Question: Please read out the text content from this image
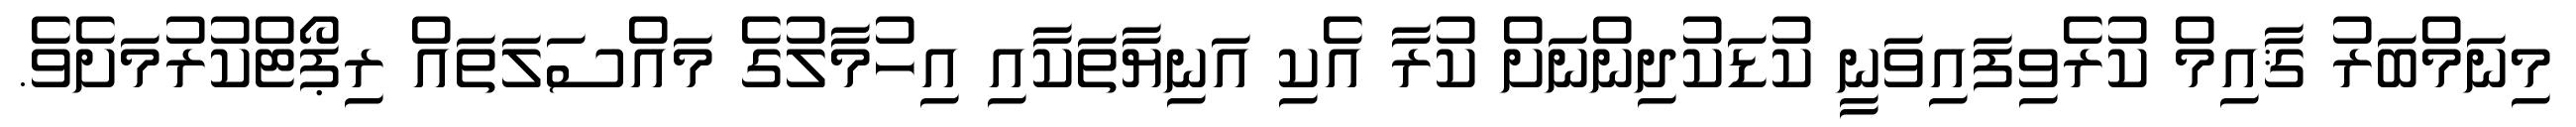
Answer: މިނަމްބަރު ޤާއިމް ކުރެވިފައިވަނީ ކުޑަކުދިންނަށް ކުރާ އެކި އަނިޔާތަކާއި އިހުމާލުގެ މައްސަލަތައް ރިޕޯޓްކުރުމަށެވެ.